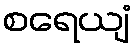
စရေယျံ